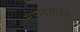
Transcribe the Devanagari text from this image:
संपादकांचं